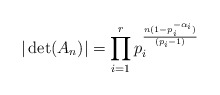
\begin{align*}|\det(A_n)| &= \prod_{i=1}^r p_i^{\frac {n(1-p_i^{-\alpha_i})} {(p_i-1)}}\end{align*}